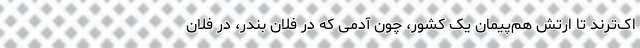
اک‌ترند تا ارتش هم‌پیمان یک کشور، چون آدمی که در فلان بندر، در فلان